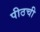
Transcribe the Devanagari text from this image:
पीठची